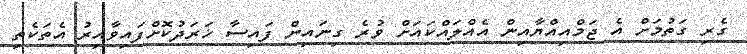
ގެރި ގަތުމަށް އެ ޖަމްއިއްޔާއިން އެއްލައްކައަށް ވުރެ ގިނައިން ފައިސާ ޚަރަދުކޮށްފައިވާއިރު އެތަކެތި